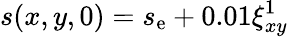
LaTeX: s(x,y,0)=s_{\mathrm{e}}+0.01\xi_{xy}^{1}